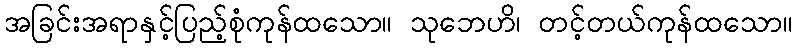
အခြင်းအရာနှင့်ပြည့်စုံကုန်ထသော။ သုဘေဟိ၊ တင့်တယ်ကုန်ထသော။